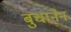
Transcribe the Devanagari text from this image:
बुचानेन